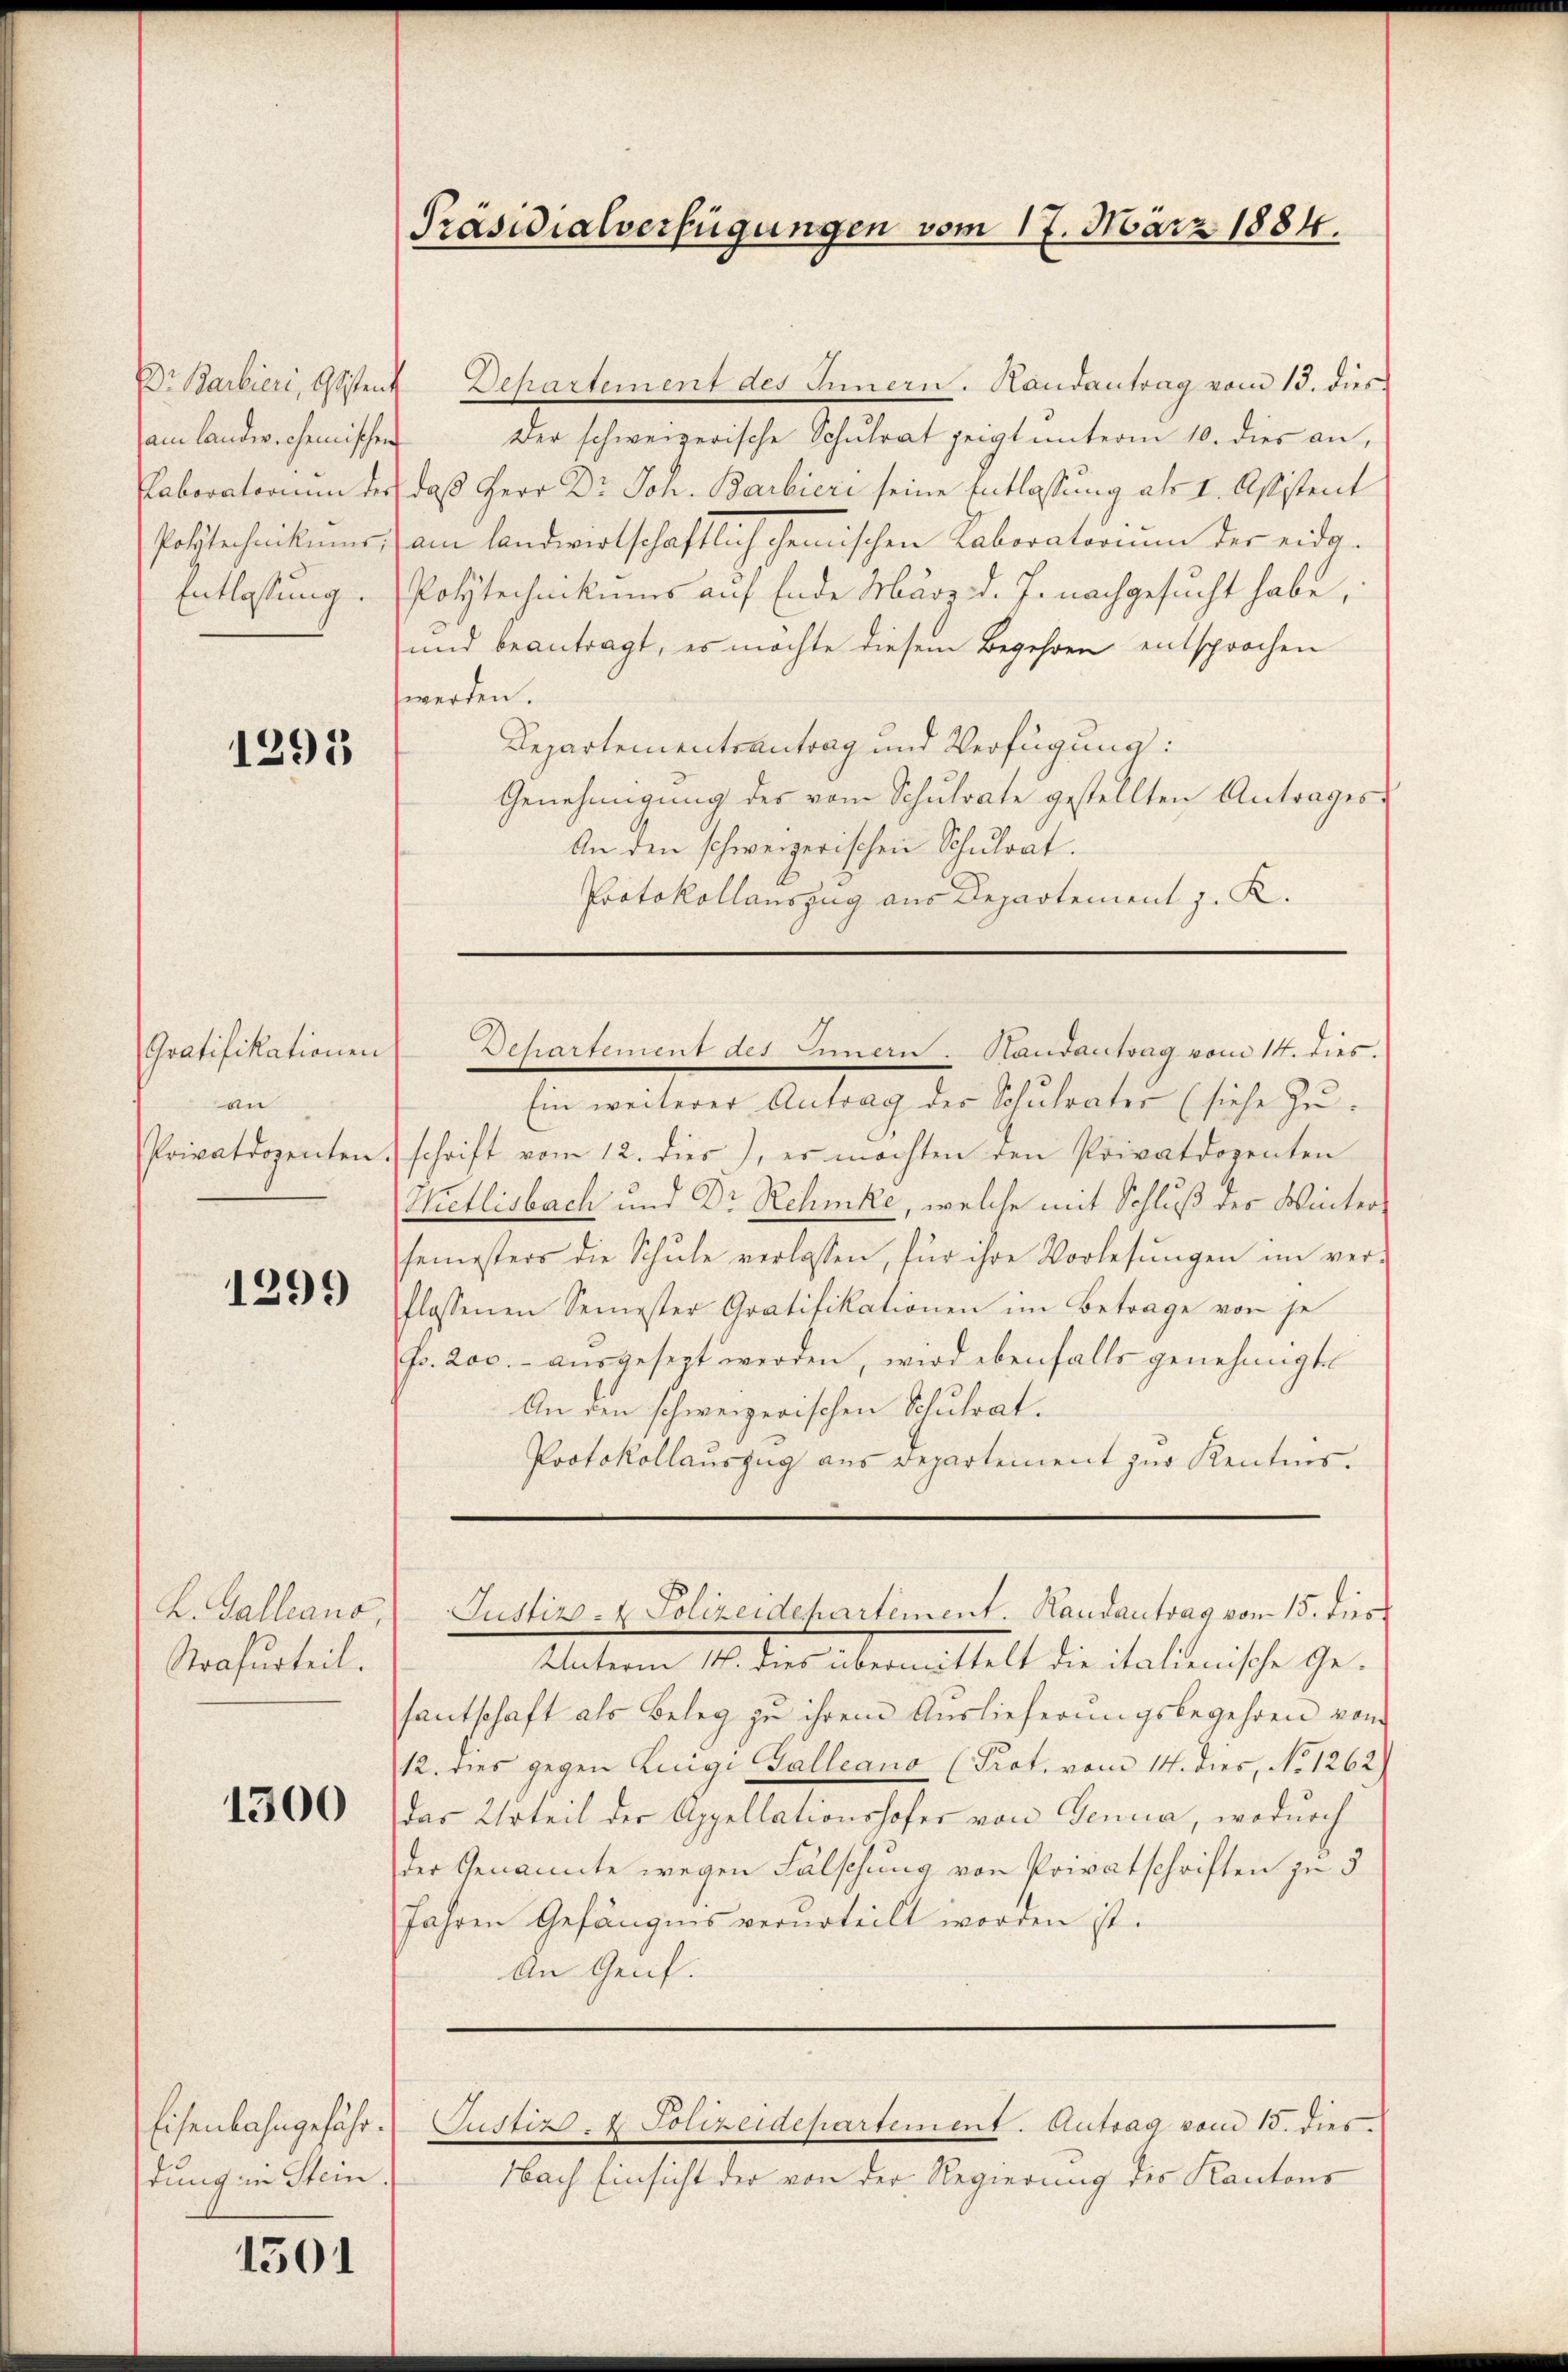
1291

an
Privatdozenten

1299

L. Galliano,
Strafurteil.

1300

Eisenbahngefähr.
dung in Stein.

1501

Dr Barbieri, Gesten Departement des Innern. Handantrag vom 13. dies
am landwichemischen Der schweizerische Schulrat zeigt unterm 10. dies an,
Paboratorium der daß Herr Dr. Joh. Barbieri seine Entlassung als I. Aßistent
Polytechnikums) am landwirtschaftlich chemischen Laboratorium der eidg¬
Entlassung. Polytechnikums auf Ende März d. J. nachgesucht habe,
und beantragt, es möchte diesem Begehren entsprochen
werden.
Departementsantrag und Verfügung:
Genehmigŭng des vom Schŭlrate gestellten Antrages-
An den schweizerischen Schulrat.
Protokollauszug aus Departement J. K.

Präsidialverfügungen vom 17. März 1884.

Ein weiterer Antrag der Schulrater (siehe Zuschrift vom 12. dies, es möchten den Privatdozenten
Hietlisbach und Dr. Rehmke, welche mit Schluß des Wintersemesters die Schŭle verlassen, für ihre Vorlesungen im ver-
flossenen Semester Gratifikationen im Betrage von je
fr. 200.- aŭsgesezt werden, wird ebenfalls genehmigte
An den schweizerischen Schulrat.
Protokollauszug aus Departement zur Kentnis.

Gratifikationen Departement des Innern. Handantrag vom 14. dies.

Unterm 14. dies übermittelt die italienische Gesantschaft als Beleg zu ihrem Auslieferungsbegehren von
12. dies gegen Luigi Galleano (Prot. vom 14. dies, No 1262)
das Urteil der Appellationshofer von Denua, wodurch
der Genannte wegen Fälschung von Privatschriften zu 5
Jahren Gefängnis verurteilt worden ist.
An Genf.
Justiz- & Polizeidepartement. Antrag vom 15. dies
Nach Einsicht der von der Regierung des Kantons

Justiz- & Polizeidepartement. Randantrag vom 15. dies